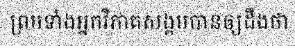
ព្រមទាំងអ្នកវិភាគសង្គមបានឲ្យដឹងថា